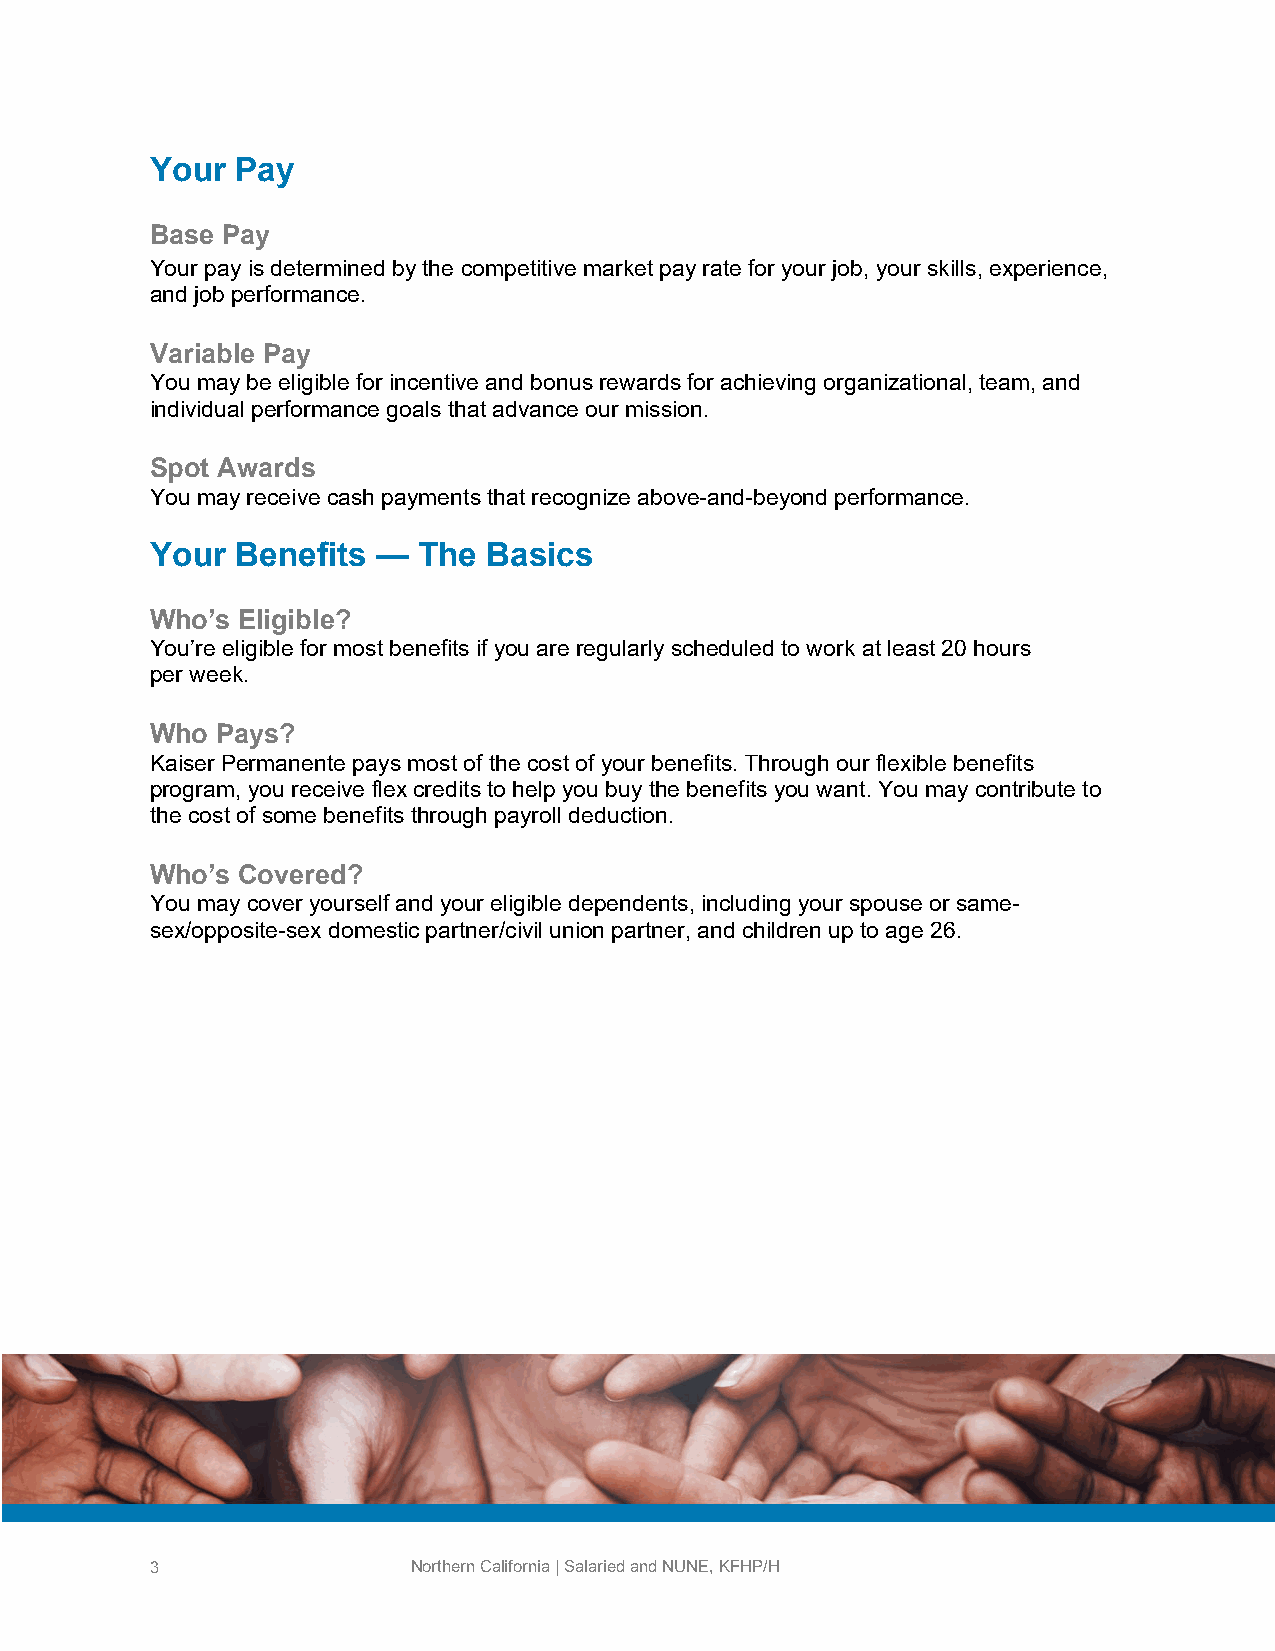
Your  Pay
 Base Pay
 Your pay is determined by the competitive market pay rate for your job, your skills, experience,
 and job performance.
 Variable Pay
 You may be eligible for incentive and bonus rewards for achieving organizational, team, and
 individual performance goals that advance our mission.
 Spot Awards
 You may receive cash payments that recognize above-and-beyond performance.
 Your  Benefits —  The Basics
 Who’s Eligible?
 You’re eligible for most benefits if you are regularly scheduled to work at least 20 hours
 per week.
 Who Pays?
 Kaiser Permanente pays most of the cost of your benefits. Through our flexible benefits
 program, you receive flex credits to help you buy the benefits you want. You may contribute to
 the cost of some benefits through payroll deduction.
 Who’s Covered?
 You may cover yourself and your eligible dependents, including your spouse or same-
 sex/opposite-sex domestic partner/civil union partner, and children up to age 26.
 3                Northern California | Salaried and NUNE, KFHP/H